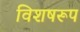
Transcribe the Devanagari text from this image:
विशषरूप